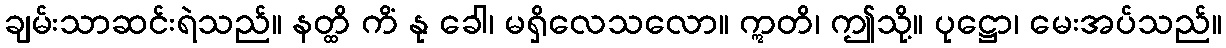
ချမ်းသာဆင်းရဲသည်။ နတ္ထိ ကိံ နု ခေါ၊ မရှိလေသလော။ ဣတိ၊ ဤသို့။ ပုဋ္ဌော၊ မေးအပ်သည်။